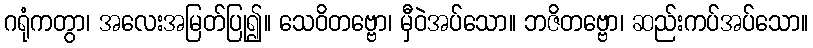
ဂရုံကတွာ၊ အလေးအမြတ်ပြု၍။ သေဝိတဗ္ဗော၊ မှီဝဲအပ်သော။ ဘဇိတဗ္ဗော၊ ဆည်းကပ်အပ်သော။